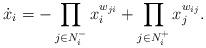
LaTeX: \begin{align*}\dot{x}_i=-\prod_{j\in N_i^-} x^{w_{ji}}_i +\prod_{j\in N_i^+} x^{w_{ij}}_j.\end{align*}